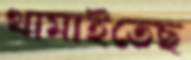
থামাইতেছ